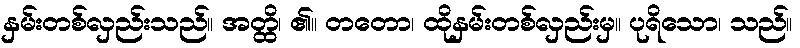
နှမ်းတစ်လှည်းသည်။ အတ္ထိ၊ ၏။ တတော၊ ထိုနှမ်းတစ်လှည်းမှ။ ပုရိသော၊ သည်။